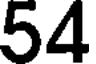
54